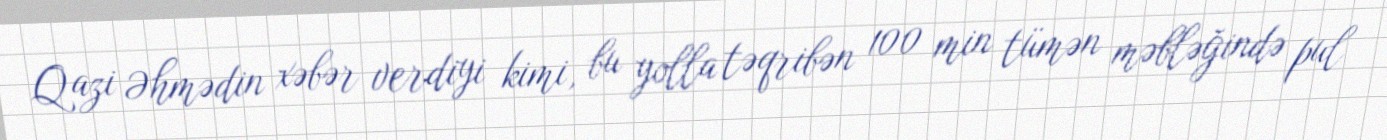
Qazi Əhmədin xəbər verdiyi kimi, bu yolla təqribən 100 min tümən məbləğində pul